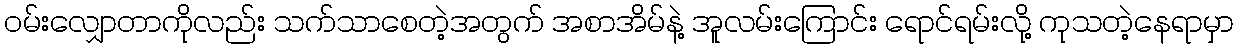
ဝမ်းလျှောတာကိုလည်း သက်သာစေတဲ့အတွက် အစာအိမ်နဲ့ အူလမ်းကြောင်း ရောင်ရမ်းလို့ ကုသတဲ့နေရာမှာ